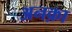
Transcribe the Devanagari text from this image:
अनक़ा